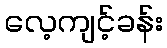
လေ့ကျင့်ခန်း